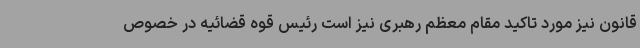
قانون نیز مورد تاکید مقام معظم رهبری نیز است رئیس قوه قضائیه در خصوص